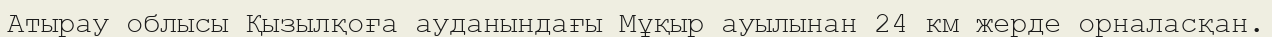
Атырау облысы Қызылқоға ауданындағы Мұқыр ауылынан 24 км жерде орналасқан.